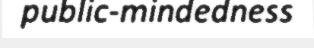
public-mindedness